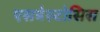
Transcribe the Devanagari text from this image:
एसबेस्टोसिस